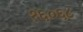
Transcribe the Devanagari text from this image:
१६०६८